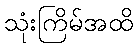
သုံးကြိမ်အထိ